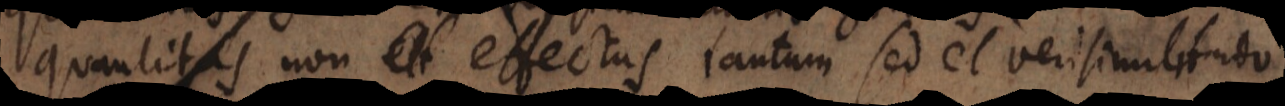
quantitas non effectus tantum sed et verisimilitudo